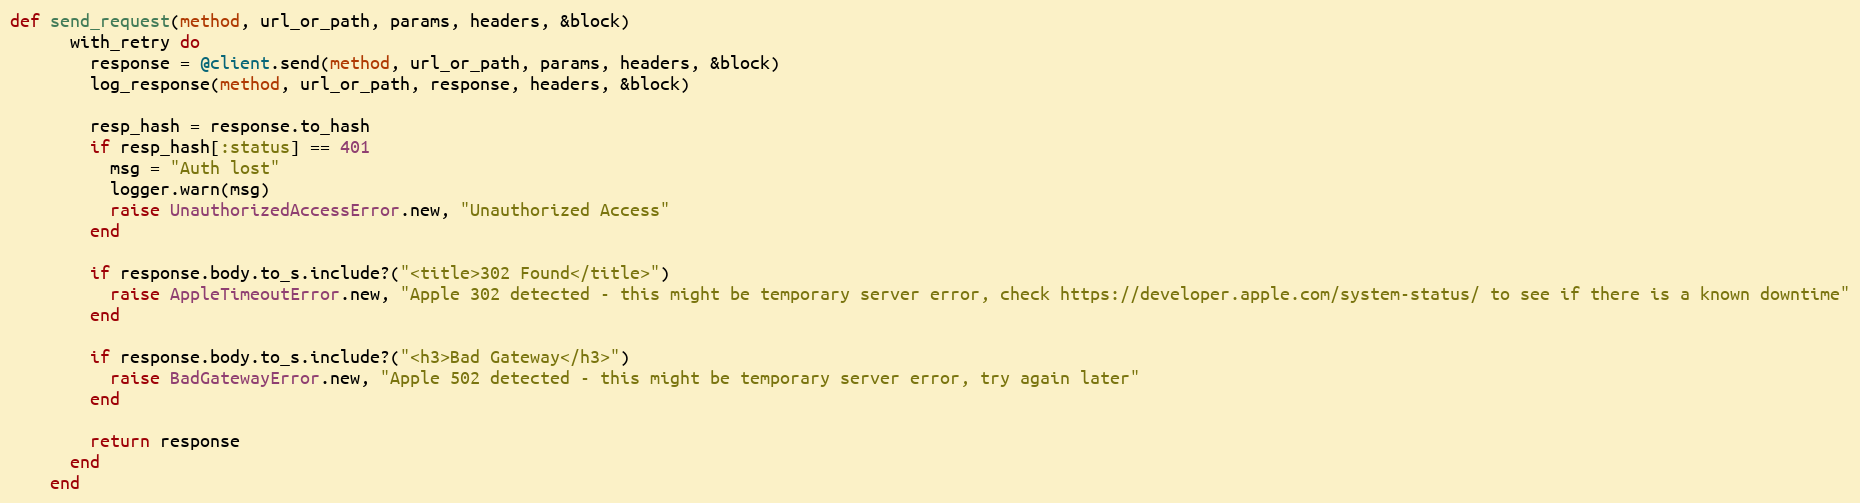
Language: Ruby
def send_request(method, url_or_path, params, headers, &block)
      with_retry do
        response = @client.send(method, url_or_path, params, headers, &block)
        log_response(method, url_or_path, response, headers, &block)

        resp_hash = response.to_hash
        if resp_hash[:status] == 401
          msg = "Auth lost"
          logger.warn(msg)
          raise UnauthorizedAccessError.new, "Unauthorized Access"
        end

        if response.body.to_s.include?("<title>302 Found</title>")
          raise AppleTimeoutError.new, "Apple 302 detected - this might be temporary server error, check https://developer.apple.com/system-status/ to see if there is a known downtime"
        end

        if response.body.to_s.include?("<h3>Bad Gateway</h3>")
          raise BadGatewayError.new, "Apple 502 detected - this might be temporary server error, try again later"
        end

        return response
      end
    end